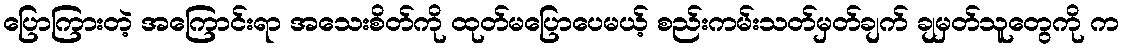
ပြောကြားတဲ့ အကြောင်းရာ အသေးစိတ်ကို ထုတ်မပြောပေမယ့် စည်းကမ်းသတ်မှတ်ချက် ချမှတ်သူတွေကို က